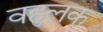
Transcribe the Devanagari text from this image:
वहुलक